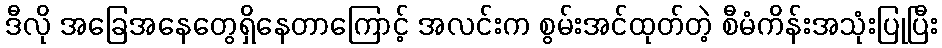
ဒီလို အခြေအနေတွေရှိနေတာကြောင့် အလင်းက စွမ်းအင်ထုတ်တဲ့ စီမံကိန်းအသုံးပြုပြီး